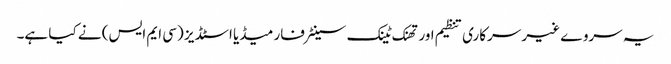
یہ سروے غیر سرکاری تنظیم اور تھنک ٹینک سینٹر فار میڈیا اسٹڈیز (سی ایم ایس) نے کیا ہے۔